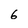
Character: 6